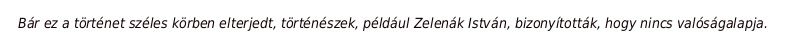
Bár ez a történet széles körben elterjedt, történészek, például Zelenák István, bizonyították, hogy nincs valóságalapja.